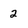
Character: 2